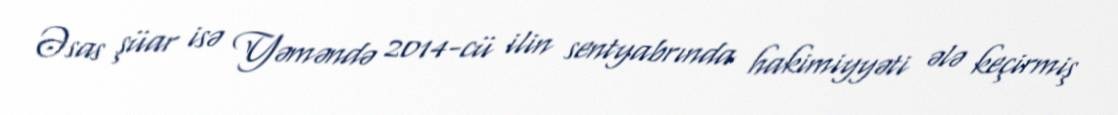
Əsas şüar isə Yəməndə 2014-cü ilin sentyabrında hakimiyyəti ələ keçirmiş